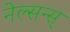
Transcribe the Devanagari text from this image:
नेल्सन्स्